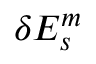
\delta E _ { s } ^ { m }